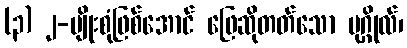
(၃) ၂-မျိုးစုံဖြစ်အောင် ဖြေဆိုတတ်သော ပုဂ္ဂိုလ်၊